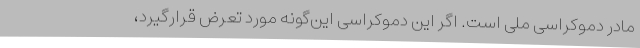
مادر دموکراسی ملی است. اگر این دموکراسی این‌گونه مورد تعرض قرارگیرد،